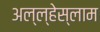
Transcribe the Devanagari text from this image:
अल्ल्हेस्लाम